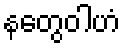
နတွေဝါဟံ